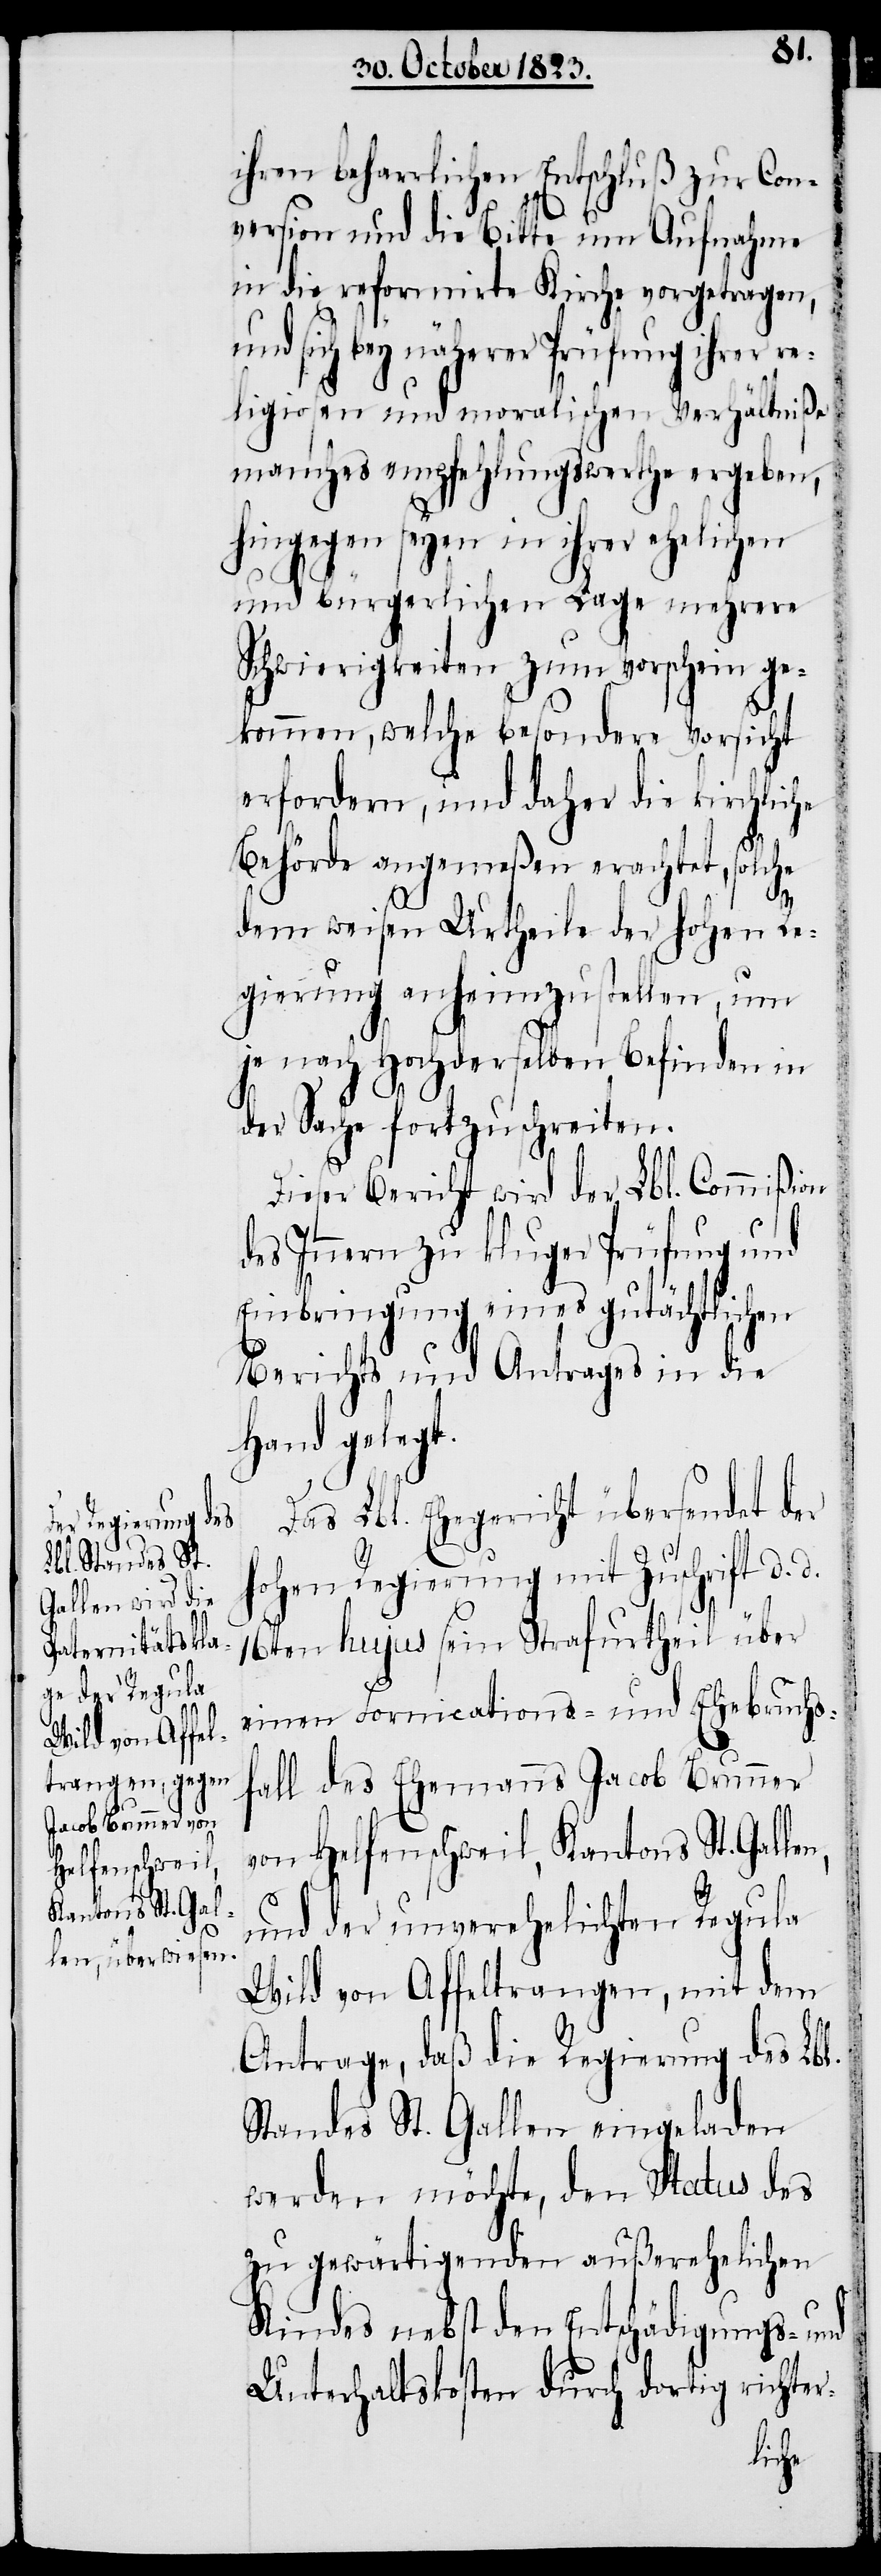
ihren beharrlichen Entschluß zur Con¬
version und die Bitte um Aufnahme
in die reformirte Kirche vorgetragen,
und sich bey näherer Prüfung ihrer re¬
ligiosen und moralischen Verhältniße
manches empfehlungswerthe ergeben,
hingegen seyen in ihrer ehelichen
und bürgerlichen Lage mehrere
Schwierigkeiten zum Vorschein ge¬
kommen, welche besondere Vorsicht
erfordern, und daher die kirchlic¬
Behörde angemeßen erachtet, solche
dem weisen Urtheile der hohen Re¬
gierung anheimzustellen, um
je nach Hochderselben Befinden in
der Sache fortzuschreiten.
Dieser Bericht wird der Lbl. Commißion
des Innern zu kluger Prüfung und
Einbringung eines gutächtlichen
Berichts und Antrages in die
Hand gelegt.
Das Lbl. Ehegericht übersendet der
hohen Regierung mit Zuschrift d.
16ten hujus sein Strafurtheil über
einen Fornications- und Ehebruchs¬
fall des Ehemanns Jacob Brunner
von Helfenschweil, Kantons St. Galle¬
und der unverehelichten Regula
Wild von Affeltrangen, mit dem
Antrage, daß die Regierung des Lbl.
Standes St. Gallen eingeladen
werden möchte, den Status des
zu gewärtigenden außerehelichen
Kindes nebst den Entschädigungs- und
Unterhaltskosten durch dortig richter-

n,